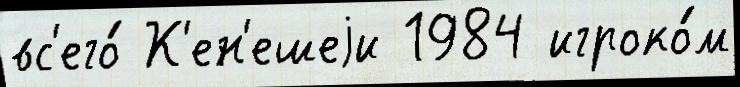
вс'его́ К'ен'ешеjи 1984 игроко́м